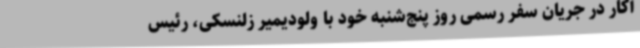
آکار در جریان سفر رسمی روز پنج‌شنبه خود با ولودیمیر زلنسکی، رئیس